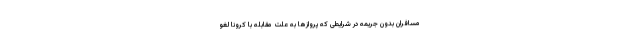
مسافران بدون جریمه در شرایطی که پروازها به علت مقابله با کرونا لغو